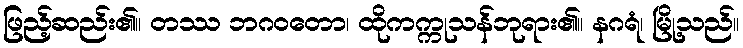
ဖြည့်ဆည်း၏။ တဿ ဘဂဝတော၊ ထိုကက္ကုသန်ဘုရား၏။ နဂရံ၊ မြို့သည်။